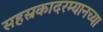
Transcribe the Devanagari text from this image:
सहस्रकादरम्यानच्या